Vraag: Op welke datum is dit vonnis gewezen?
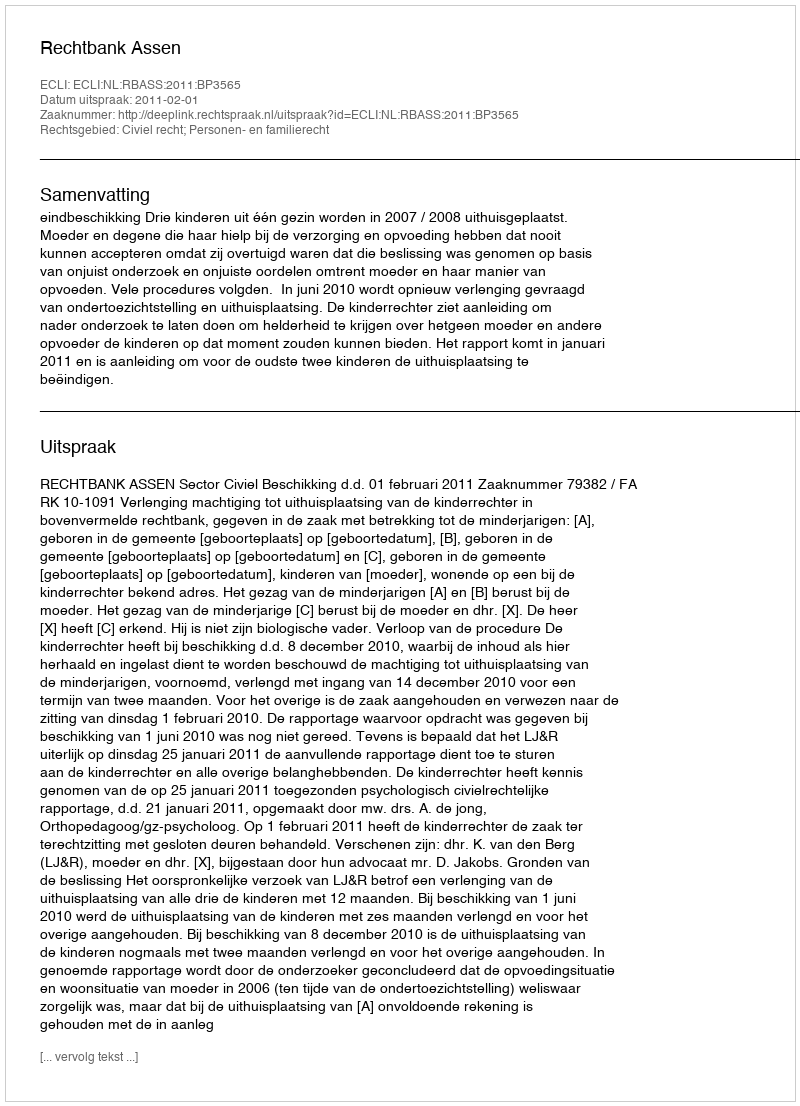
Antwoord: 2011-02-01